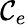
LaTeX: \mathcal{C}_{e}